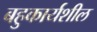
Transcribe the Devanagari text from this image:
बहुकार्यशील